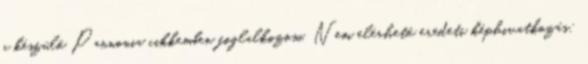
a készülő Pannonia cikkemben foglalkozom. Nem elérhető eredeti képhivatkozás: